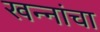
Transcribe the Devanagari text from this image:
खन्‍नांचा